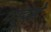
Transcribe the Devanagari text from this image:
पहुडे